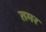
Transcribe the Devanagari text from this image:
तमर